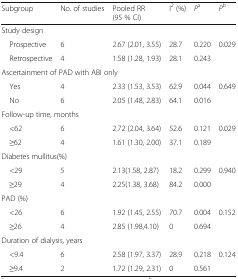
<table><thead><tr><td><b>Subgroup</b></td><td><b>No. of studies</b></td><td><b>Pooled RR (95 % CI)</b></td><td><b>I<sup>2</sup> (%)</b></td><td><b><i>P</i><sup>a</sup></b></td><td><b><i>P</i><sup>b</sup></b></td></tr></thead><tbody><tr><td colspan="6">Study design</td></tr><tr><td> Prospective</td><td>6</td><td>2.67 (2.01, 3.55)</td><td>28.7</td><td>0.220</td><td>0.029</td></tr><tr><td> Retrospective</td><td>4</td><td>1.58 (1.28, 1.93)</td><td>28.1</td><td>0.243</td><td></td></tr><tr><td colspan="6">Ascertainment of PAD with ABI only</td></tr><tr><td> Yes</td><td>4</td><td>2.33 (1.53, 3.53)</td><td>62.9</td><td>0.044</td><td>0.649</td></tr><tr><td> No</td><td>6</td><td>2.05 (1.48, 2.83)</td><td>64.1</td><td>0.016</td><td></td></tr><tr><td colspan="6">Follow-up time, months</td></tr><tr><td> &lt;62</td><td>6</td><td>2.72 (2.04, 3.64)</td><td>52.6</td><td>0.121</td><td>0.029</td></tr><tr><td> ≥62</td><td>4</td><td>1.61 (1.30, 2.00)</td><td>37.1</td><td>0.189</td><td></td></tr><tr><td colspan="6">Diabetes mullitus(%)</td></tr><tr><td> &lt;29</td><td>5</td><td>2.13(1.58, 2.87)</td><td>18.2</td><td>0.299</td><td>0.940</td></tr><tr><td> ≥29</td><td>4</td><td>2.25(1.38, 3.68)</td><td>84.2</td><td>0.000</td><td></td></tr><tr><td colspan="6">PAD (%)</td></tr><tr><td> &lt;26</td><td>6</td><td>1.92 (1.45, 2.55)</td><td>70.7</td><td>0.004</td><td>0.152</td></tr><tr><td> ≥26</td><td>4</td><td>2.85 (1.98,4.10)</td><td>0</td><td>0.694</td><td></td></tr><tr><td colspan="6">Duration of dialysis, years</td></tr><tr><td> &lt;9.4</td><td>6</td><td>2.58 (1.97, 3.37)</td><td>28.9</td><td>0.218</td><td>0.124</td></tr><tr><td> ≥9.4</td><td>2</td><td>1.72 (1.29, 2.31)</td><td>0</td><td>0.561</td><td></td></tr></tbody></table>